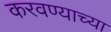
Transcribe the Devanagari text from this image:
करवण्याच्या